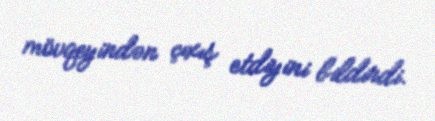
mövqeyindən çıxış etdiyini bildirdi.